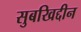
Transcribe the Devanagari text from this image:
सुबखिद्दीन